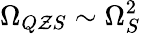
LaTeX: \Omega_{Q\mathcal{Z}S}\sim\Omega_{S}^{2}